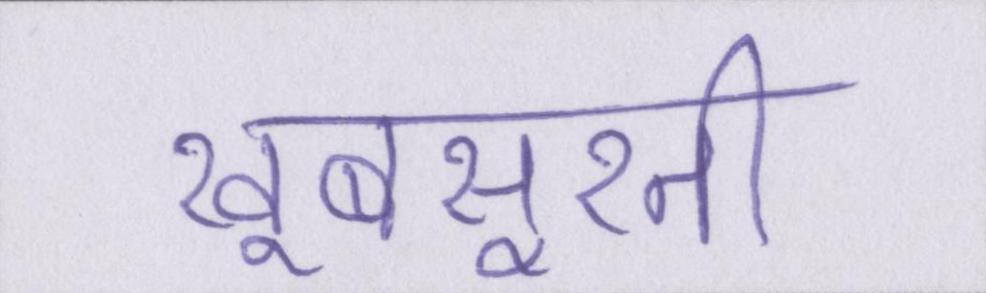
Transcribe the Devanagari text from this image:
खूबसूरती